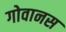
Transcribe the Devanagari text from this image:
गोवानस